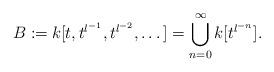
LaTeX: \begin{align*}B\coloneqq k[t,t^{l^{-1}}, t^{l^{-2}}, \dots]=\bigcup_{n=0}^{\infty}k[t^{l^{-n}}].\end{align*}